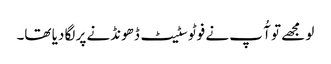
لو مجھے تو آُ پ نے فوٹو سٹیٹ ڈھونڈنے پر لگا دیا تھا۔